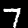
Digit: 7